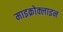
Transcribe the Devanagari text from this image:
माइक्रोक्लाइन